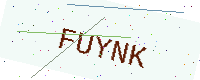
Text: FUYNK